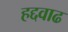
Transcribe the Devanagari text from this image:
हद्दवाढ